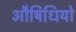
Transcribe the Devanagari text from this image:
औषिधियो